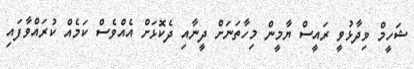
ޝަހީމް ވިދާޅުވީ ރައީސް ޔާމީން މިހާތަނަށް ދީނާއި ދެކޮޅަށް އެއްވެސް ކަމެއް ކުރައްވާފައި